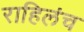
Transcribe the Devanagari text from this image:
राहिलंच